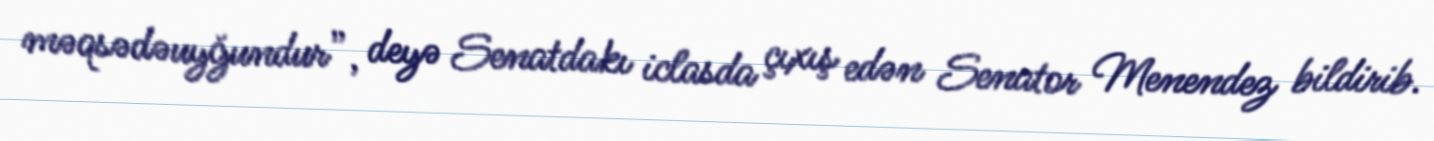
məqsədəuyğundur”, deyə Senatdakı iclasda çıxış edən Senator Menendez bildirib.